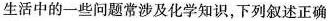
生活中的一些问题常涉及化学知识，下列叙述正确